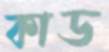
কাড